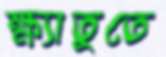
ক্ষ্যাতুতে